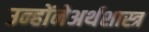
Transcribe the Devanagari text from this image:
उन्होंनेअर्थशास्त्र